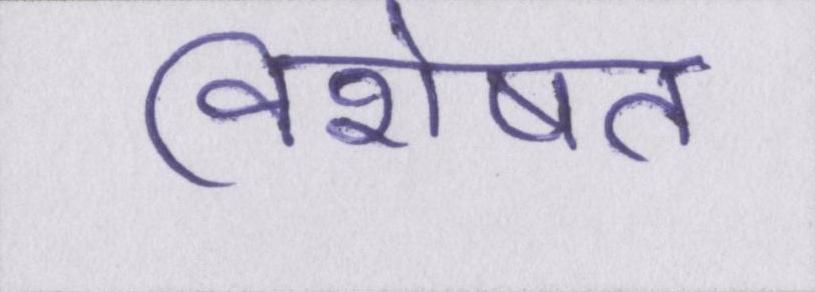
विशेषत